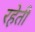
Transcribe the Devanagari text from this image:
रहेती